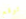
توقع